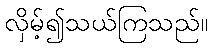
လှိမ့်၍သယ်ကြသည်။